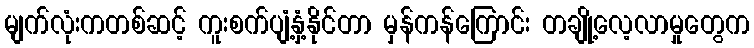
မျက်လုံးကတစ်ဆင့် ကူးစက်ပျံ့နှံ့နိုင်တာ မှန်ကန်ကြောင်း တချို့လေ့လာမှုတွေက